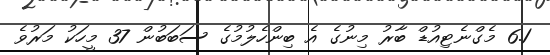
6.1 މެގްނެޓިއުޑް ބާރު މިނުގެ އެ ބިންހެލުމުގެ ސަބަބުން 37 މީހަކު މަރުވެ